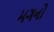
મગનો